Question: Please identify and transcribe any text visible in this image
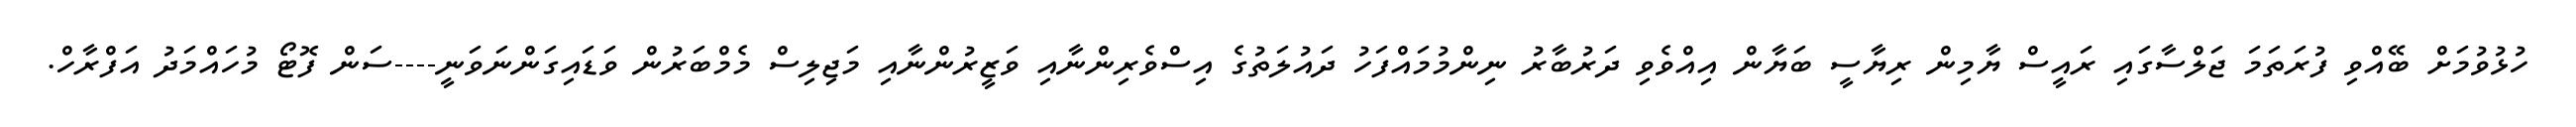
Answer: ހުޅުވުމަށް ބޭއްވި ފުރަތަމަ ޖަލްސާގައި ރައީސް ޔާމިން ރިޔާސީ ބަޔާން އިއްވެވި ދަރުބާރު ނިންމުމައްފަހު ދައުލަތުގެ އިސްވެރިންނާއި ވަޒީރުންނާއި މަޖިލިސް މެމްބަރުން ވަޑައިގަންނަވަނީ----ސަން ފޮޓޯ މުހައްމަދު އަފްރާހް.